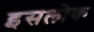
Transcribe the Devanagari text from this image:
इसलोक